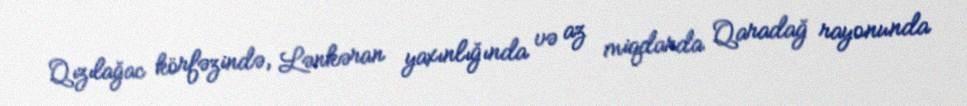
Qızılağac körfəzində, Lənkəran yaxınlığında və az miqdarda Qaradağ rayonunda